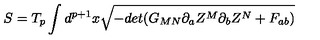
S = T _ { p } \int d ^ { p + 1 } x \sqrt { - d e t ( G _ { M N } \partial _ { a } Z ^ { M } \partial _ { b } Z ^ { N } + F _ { a b } ) }